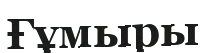
Ғұмыры